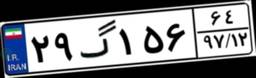
۲۹گ۱۵۶۶۴